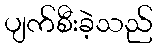
ပျက်စီးခဲ့သည်